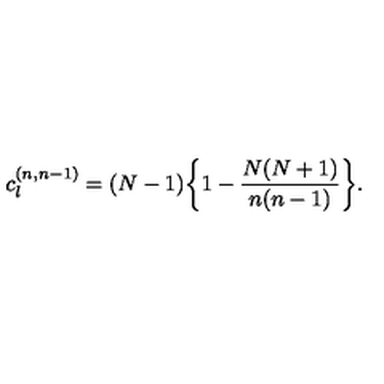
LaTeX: c _ { l } ^ { ( n , n - 1 ) } = ( N - 1 ) \bigg \{ 1 - { \frac { N ( N + 1 ) } { n ( n - 1 ) } } \bigg \} .